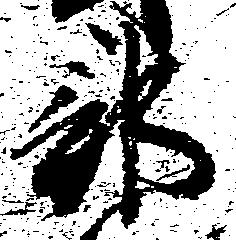
部